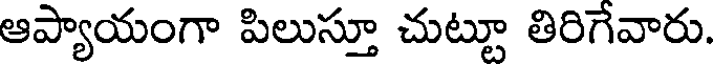
ఆప్యాయంగా పిలుస్తూ చుట్టూ తిరిగేవారు.